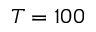
T = 1 0 0